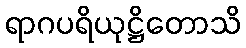
ရာဂပရိယုဋ္ဌိတောသိ